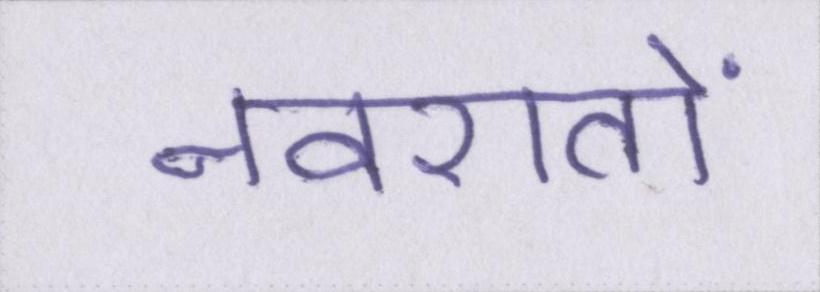
नवरातों